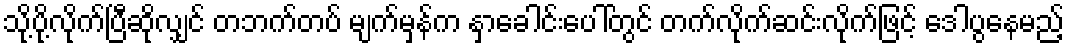
သို့ပို့လိုက်ပြီဆိုလျှင် တဘက်တပ် မျက်မှန်က နှာခေါင်းပေါ်တွင် တက်လိုက်ဆင်းလိုက်ဖြင့် ဒေါပွနေမည့်